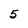
Character: 5